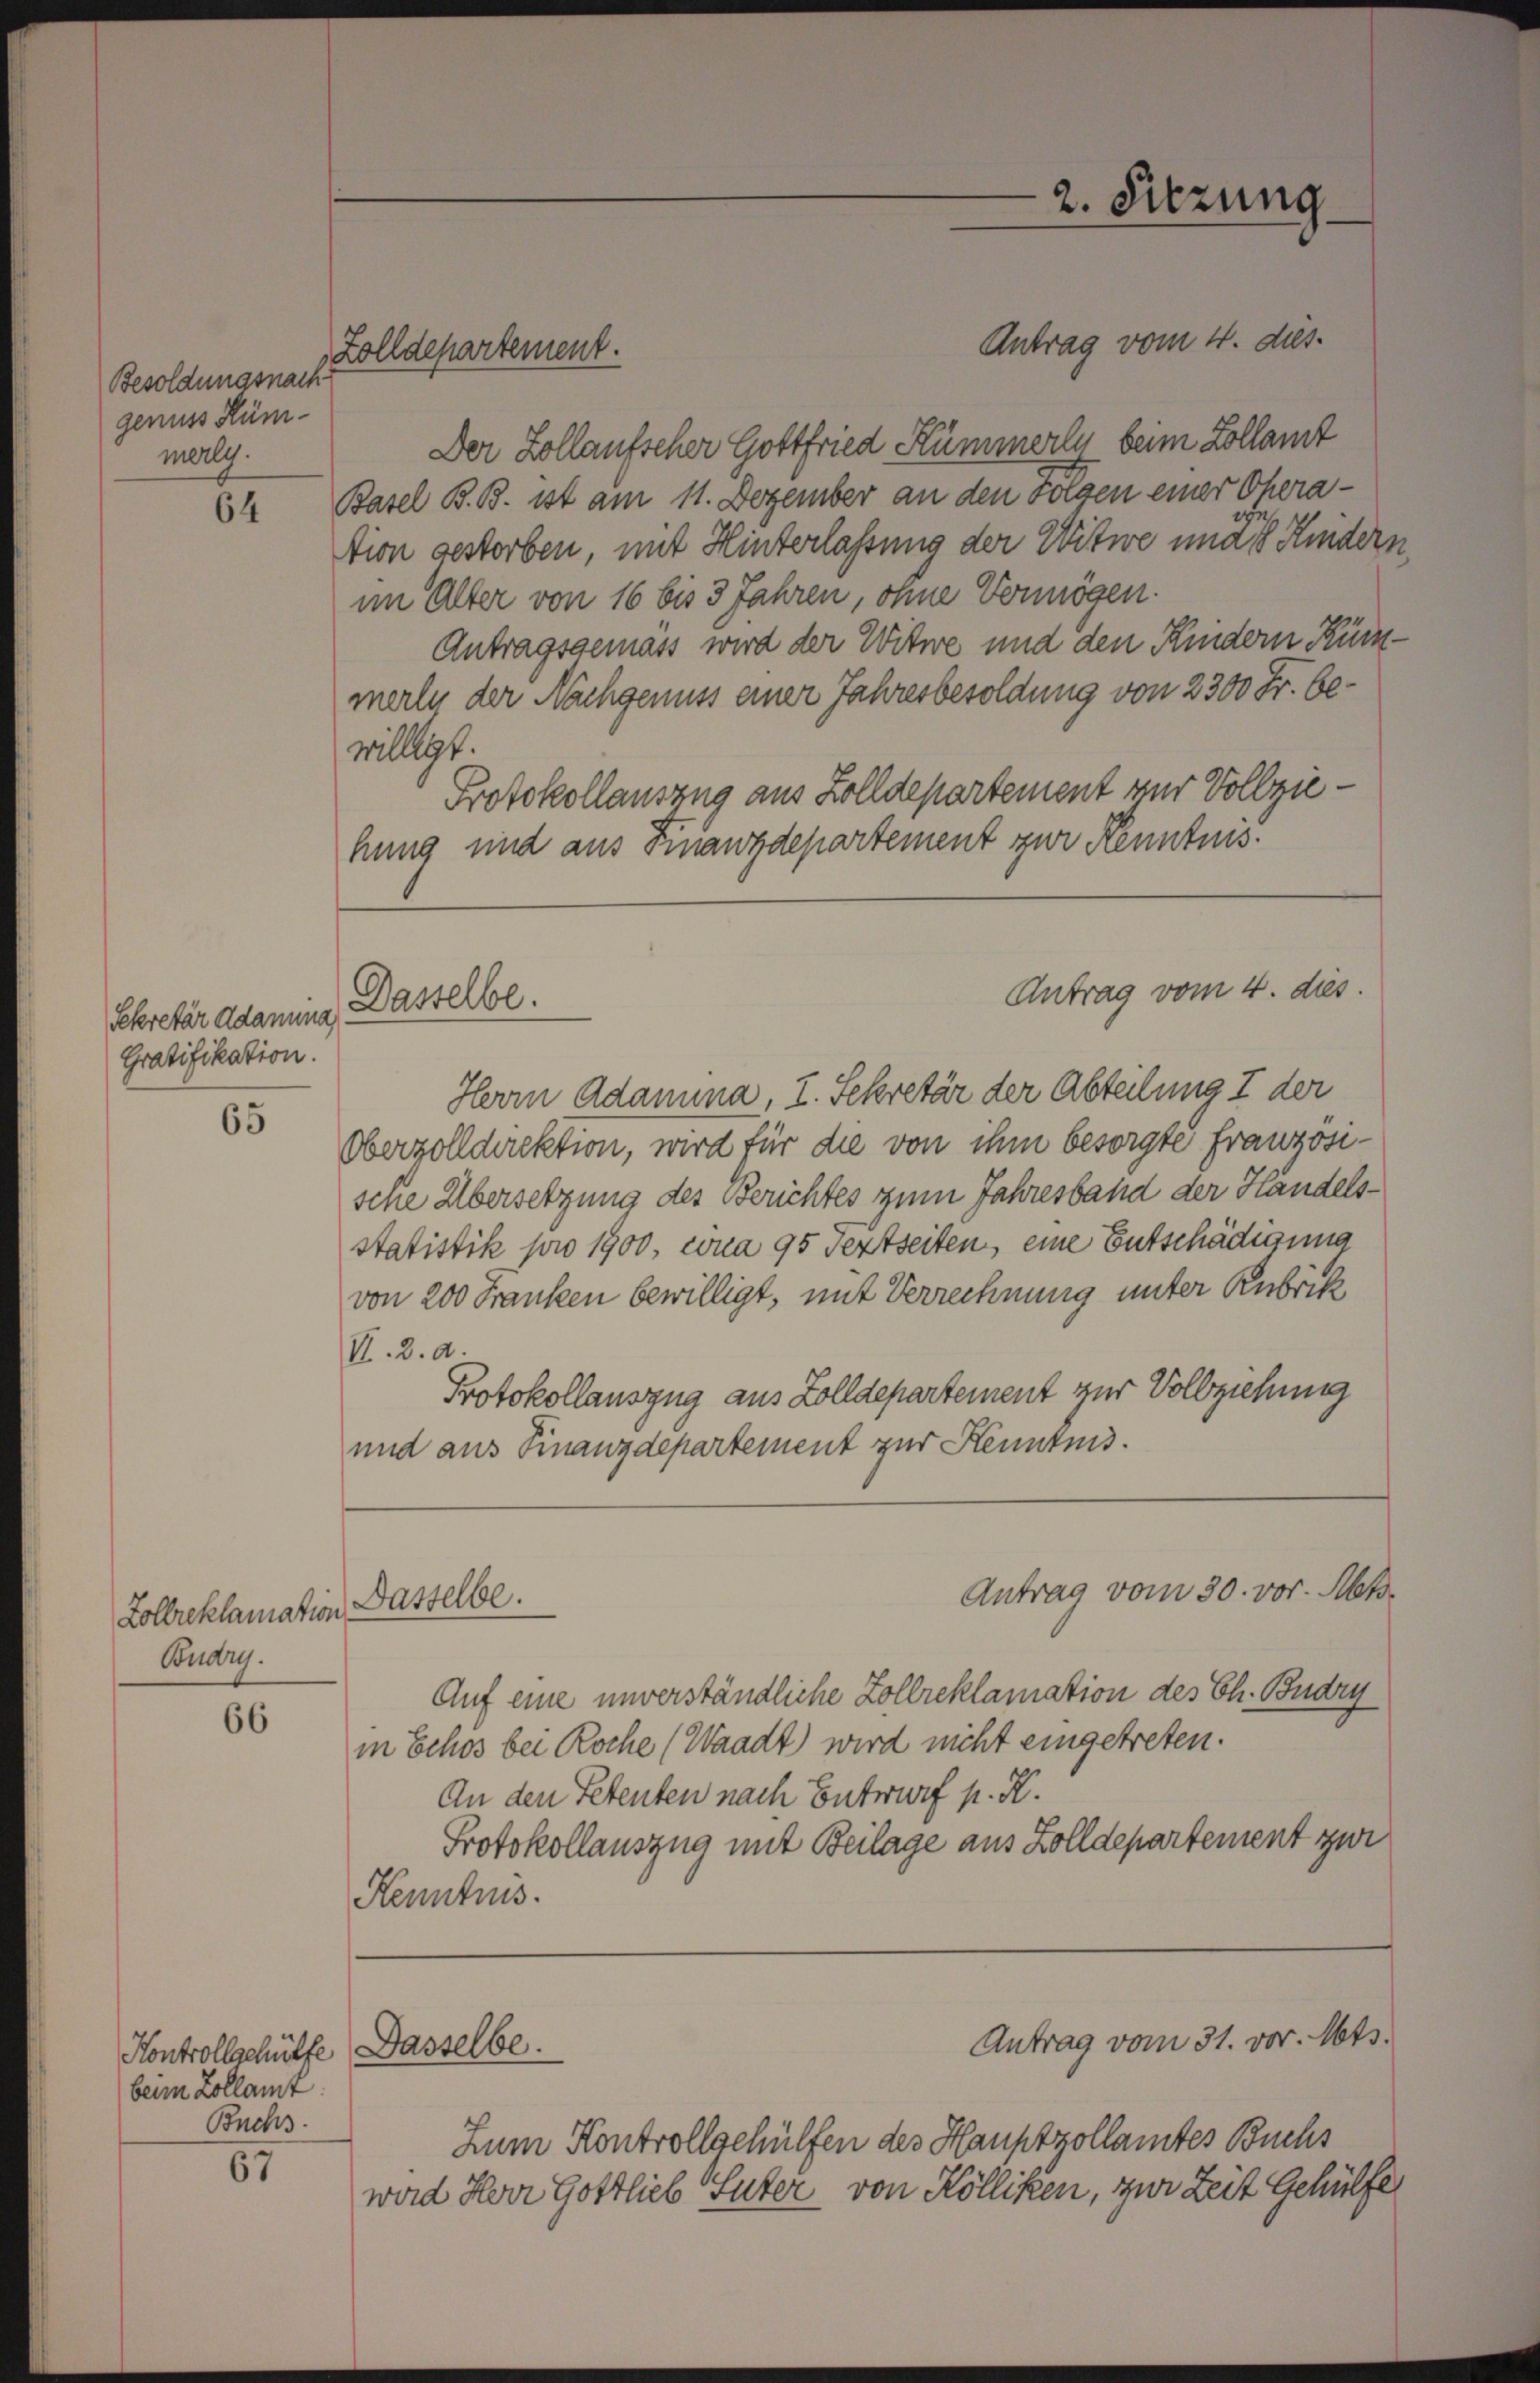
Besoldungsnach
genuss Rümmerly.

64

Sekretär Adamina
Gratifikation.

65

Zollreklamation
Buary.

66

beim Zollamt.
Buchs.

57

Zolldepartement.

Dasselbe.

Kontrollschütte Dasselbe.

2. Sitzung

Antrag vom 4. dies
Der Zollaufscher Gottfried Kümmerln beim Kollamt
Basel B. B. ist am 11. Dezember an den Folgen einer Oheration gestorben, mit Hinterlassung der Witwe und Kindern
im Alter von 16 bis 3 Jahren, ohne Vermögen.
Antragsgemäss wird der Witwe und den Kindern Künmerly der Nachgenuss einer Jahresbesoldung von 2300 Fr. bewilligt.
Protokollauszug aus Zolldepartement zur Vollziehung und aus Finanzdepartement zur Kenntnis.
Herrn Adamna, I. Sekretär der Abteilung I der
Oberzolldirektion, wird für die von ihm besorgte französisene Übersetzung des Berichtes zum Jahresband der Handelsstatistik pro 1900, cona 95 derseiten, eine Entschädigung
von 200 Franken bewilligt, mit Verrechnung unter Rubrik
V. d. d.
Protokollauszug aus Zolldepartement zur Vollziehung
und aus Finanzdepartement zur Kenntnis.
Antrag vom 30. vor. Mts.
Dasselbe.
Auf eine unverständliche Zollreklamation des Ch. Budry
in Schos bei Roche (Waadt) wird nicht eingetreten.
An den Petenten nach Entwurf p. K.
Protokollauszug mit Beilage aus Zolldepartement zur
Kenntnis.

Antrag vom 4. dies

Antrag vom 31. vor. Mts.

Zum Kontrollgehülfen des Hauptzollamtes Buchs
ward Herr Gottlieb Suter von Kölliken, zur Zeit Gehülfe